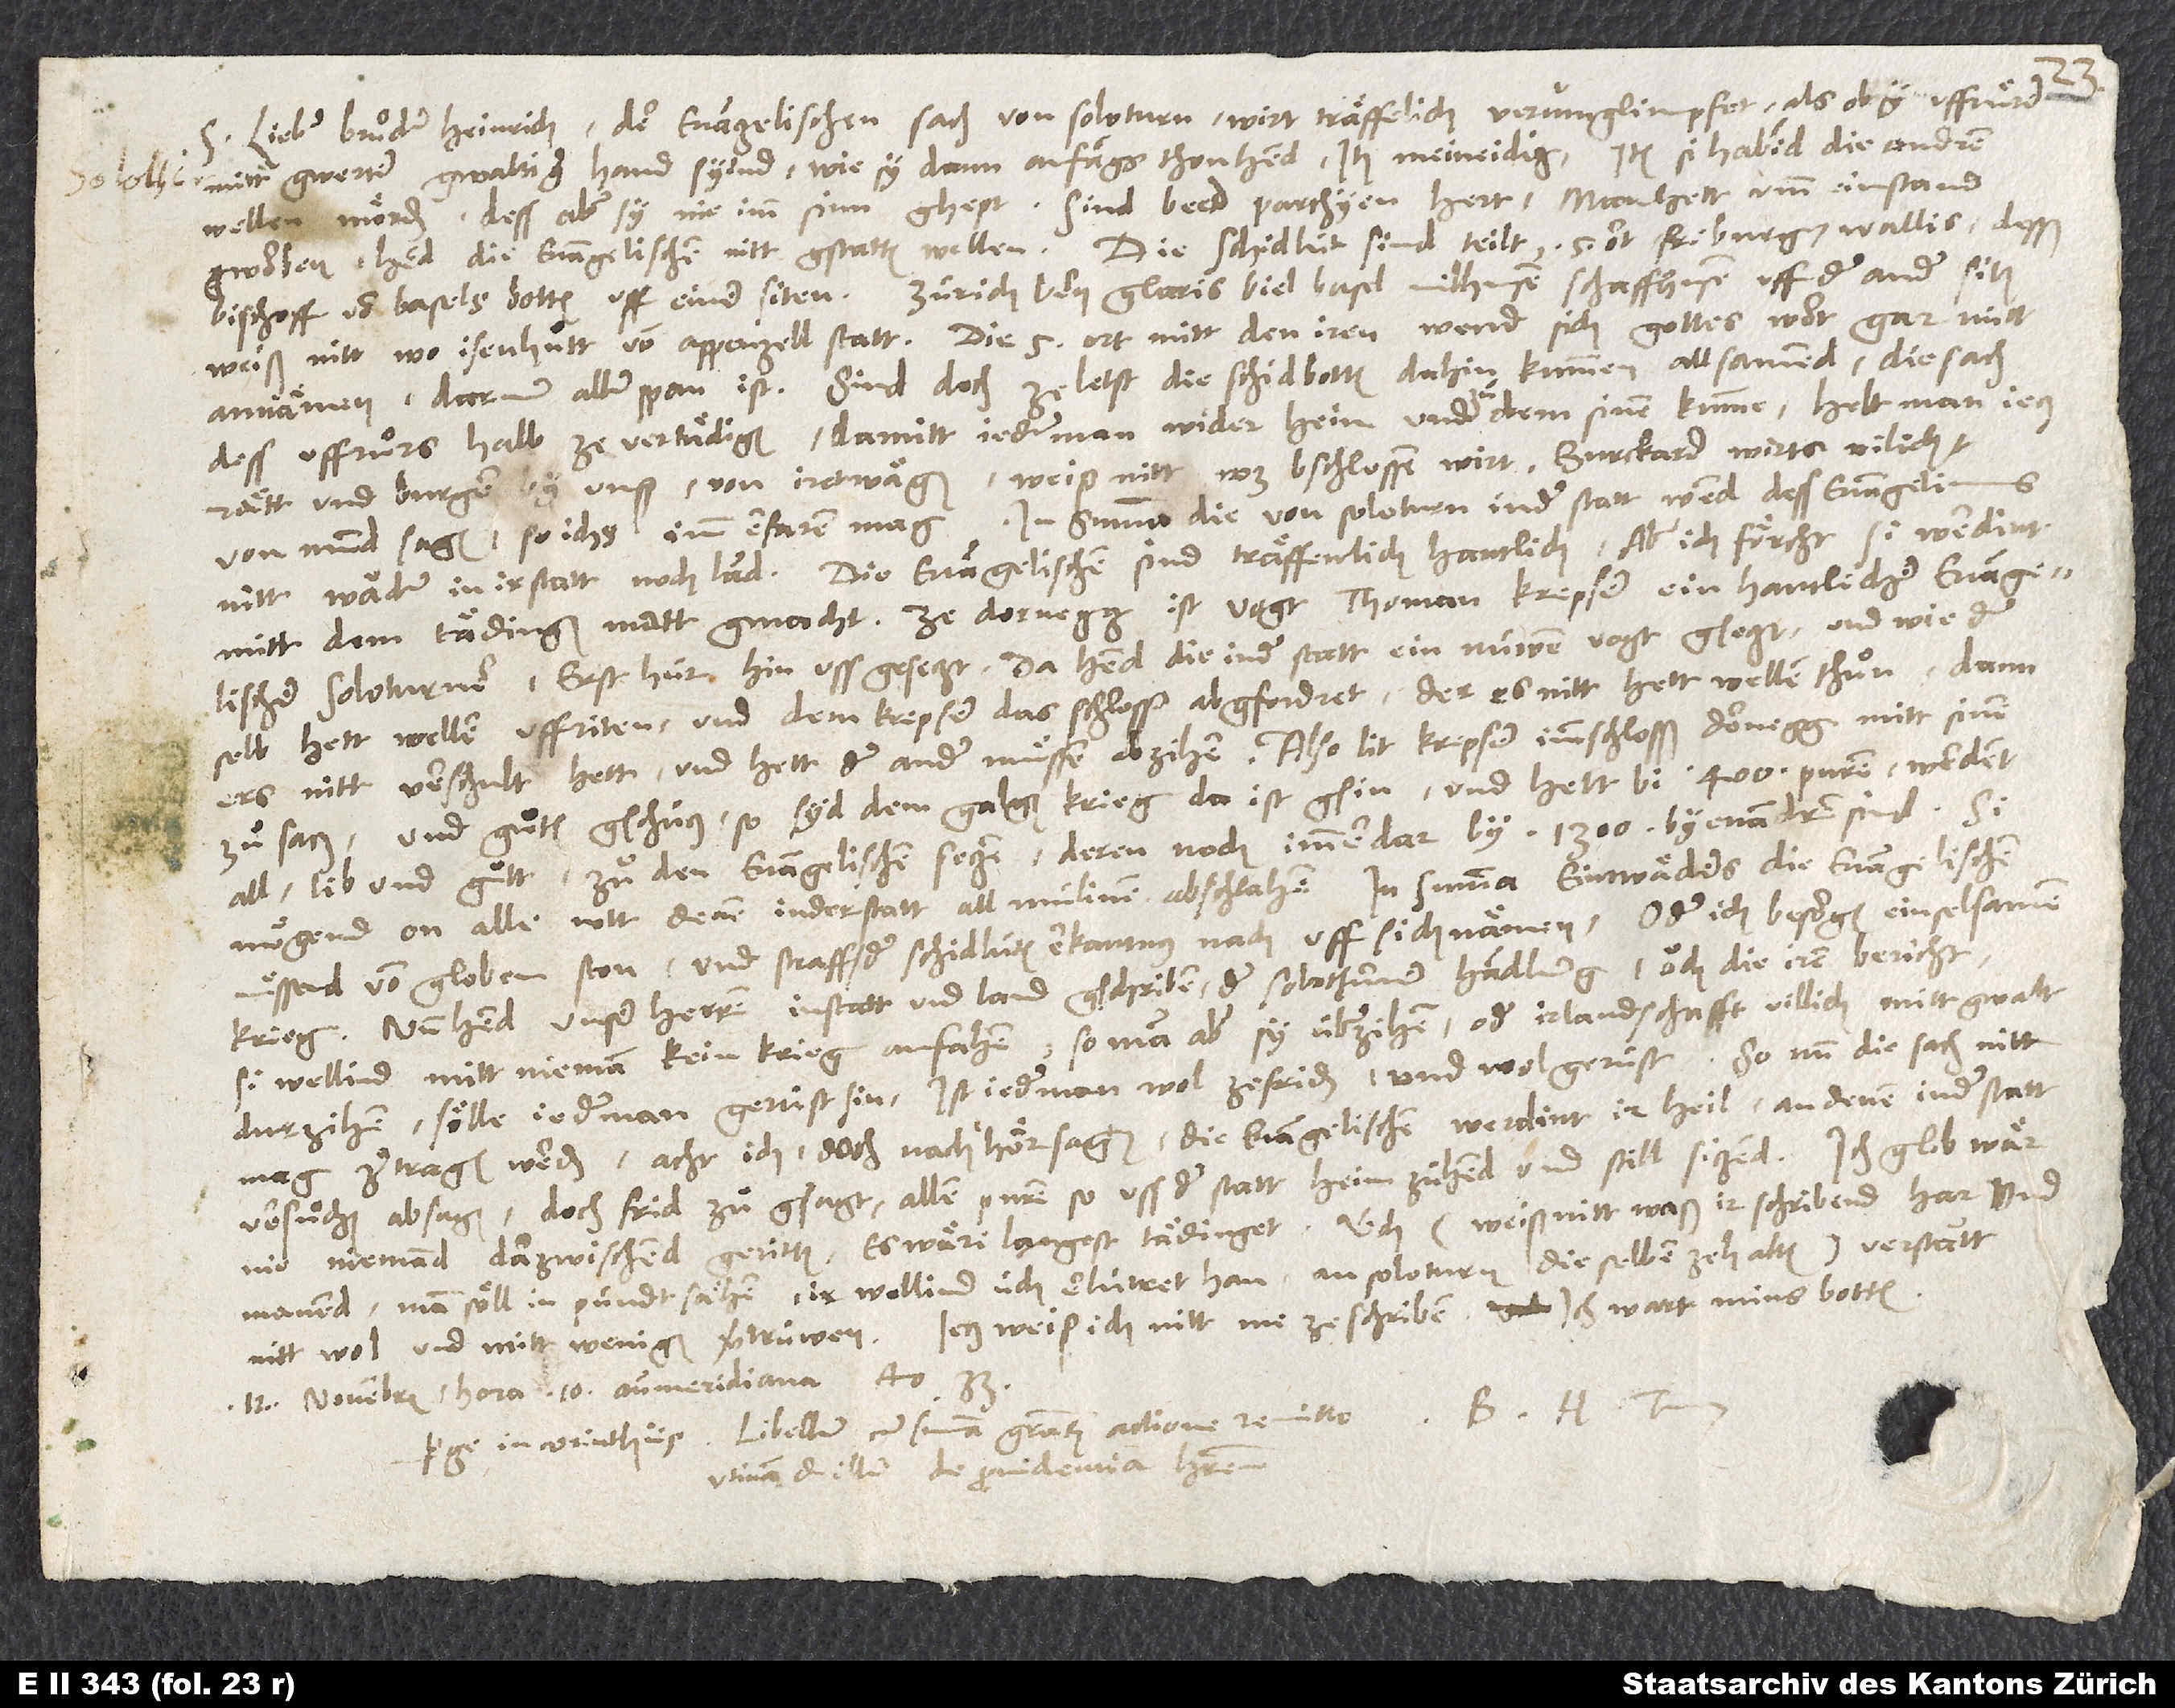
mitt gwerter gwaltiger hand syind, wie sy dann anfangs thon hend, item meineidig, item si habind die andren
wellen mörden, dess aber sy nie imm sinn ghept. Sind beed parthyen hert. Man hett umm ein stand
gworben, hend die evangelischen nitt gstatten wellen. Die schidlüt sind teilt, 5 ort, Friburg, Wallis, desß
bischoff von Basels botten uff einer siten, Zürich, Bern, Glaris, Biel, Basel, Mülhusen, Schaffhusen uff der ander siten.
Weiß nitt, wo Isenhuͦtt von Appenzell statt. Die 5 ort mitt den iren wend sich gottes wort gar nütt
annämen, darumm aller span ist. Sind doch ze letst die schidbotten dahin kummen allsammend, die sach
dess uffruͦrs halb ze vertädigen, damitt jederman wider heim und zuͦ dem sinen kumme. Helt man jetz
rätt und burger by unß von iretwägen. Weiß nitt, was bschlossen wirt. Burckard wirts vilicht
von mund sagen, so ichs imm erfaren mag. In summa die vonSoloturn in der statt wend dess evangeliums
nitt, wäder in ir statt noch land. Die evangelischen sind träffenlich hantlich, aber ich förcht, si werdint
mitt dem tädingen matt gmacht. Ze Dornegg ist vogt Thoman Krepser, ein hantlicher evangelischer
Soloturner, erst hür hinuss gesetzt. Da hend die in der statt ein nüwen vogt gsetzt, und wie der
selb hett wellen uffriten und dem Krepser das schlosß abgfordret, der es nitt hett wellen thuͦn, dann
ers nitt verschult hett, und hett der ander muͤssen abzihen. Also lit Krepser imm schlosß Dornegg mitt sinem
zuͦsatz und gutem gschütz, so syd dem Galgenkrieg da ist gsin, und hett bi 400 puren. Werdent
all lib und guͦtt zuͦ den evangelischen setzen, deren noch immerdar by 1300 by enandren sind. Si
mögend on alle nott denen in der statt all mülinen abschlahen. In summa: Eintwäders die evangelischen
muͤssend vom globen ston und straff, der schidlüten erkantnus nach, uff sich nämen, oder ich besorgen ein selsamen
krieg. Nun hend unser herren in statt und land gschriben der Solothurner handlung, ouch die iren bericht,
si wellind mitt nieman kein krieg anfahen. So man aber sy überzihen oder ir landschafft villich mitt gwalt
durzihen, sölle jederman gerüst sin. Ist jederman wol zefriden und wol gerüst. So nun die sach nitt
mag zertragen werden, acht ich, doch nach hörsagen, die evangelischen werdint ir heil an denen in der statt
versuͦchen, absagen, doch frid zuͦgsagt allen puren, so uss der statt heim zühend und still sitzend. Ich glob, wär
nie niemand darzwischend geritten, es wäri langest tädinget. Üch (weiß nitt, waß ir schribend har und
manend, man söll in pündt sähen, ir wollind üch erlütret han, an Soloturn dieselben ze halten) verstantt
nitt wol und mitt wenigem vertrüwen. Jetz weiß ich nitt me ze schriben. Ich wart mms botten.
12. novembris, hora 10. antemeridiana anno 33.
tuusPerge in Corinthiis. Libellum cum summa gratiarum actione remitto.
Utinam et illum de providentia haberem.